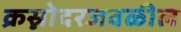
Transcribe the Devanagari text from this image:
क्रस्नोदरजवळील